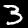
Label: 3